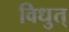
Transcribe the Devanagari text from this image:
विधुत्